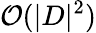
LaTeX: \mathcal{O}(|D|^{2})